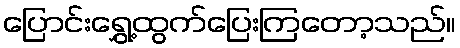
ပြောင်းရွှေ့ထွက်ပြေးကြတော့သည်။